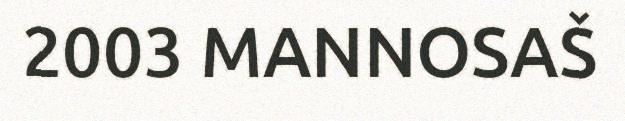
2003 MANNOSAŠ